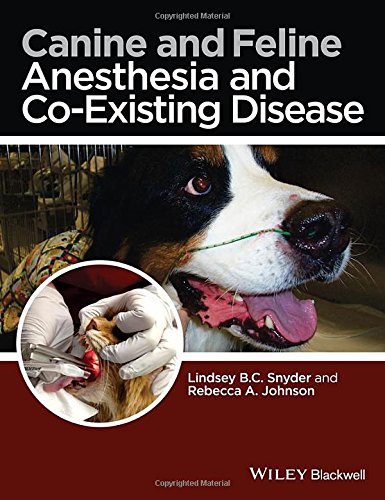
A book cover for Canine and Feline Anesthesia and Co-Existing Disease; Medical Books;